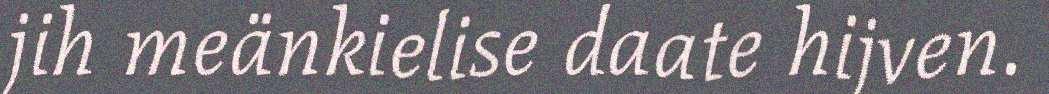
jih meänkielise daate hijven.